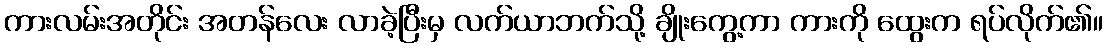
ကားလမ်းအတိုင်း အတန်လေး လာခဲ့ပြီးမှ လက်ယာဘက်သို့ ချိုးကွေ့ကာ ကားကို ထွေးက ရပ်လိုက်၏။